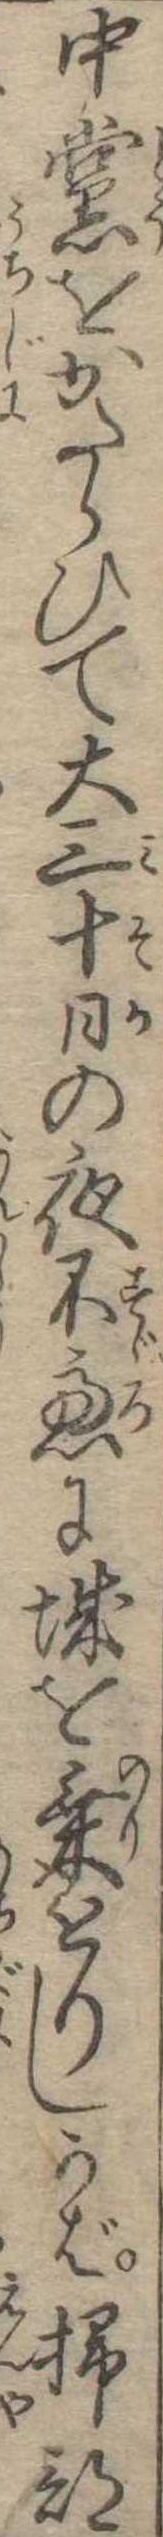
中党をかたらひて大三十日の夜不慮に城を乗とりしかば掃部